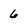
Character: 6